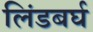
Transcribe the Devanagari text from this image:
लिंडबर्घ